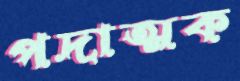
পদাত্মক